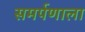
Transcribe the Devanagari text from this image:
समर्पणाला